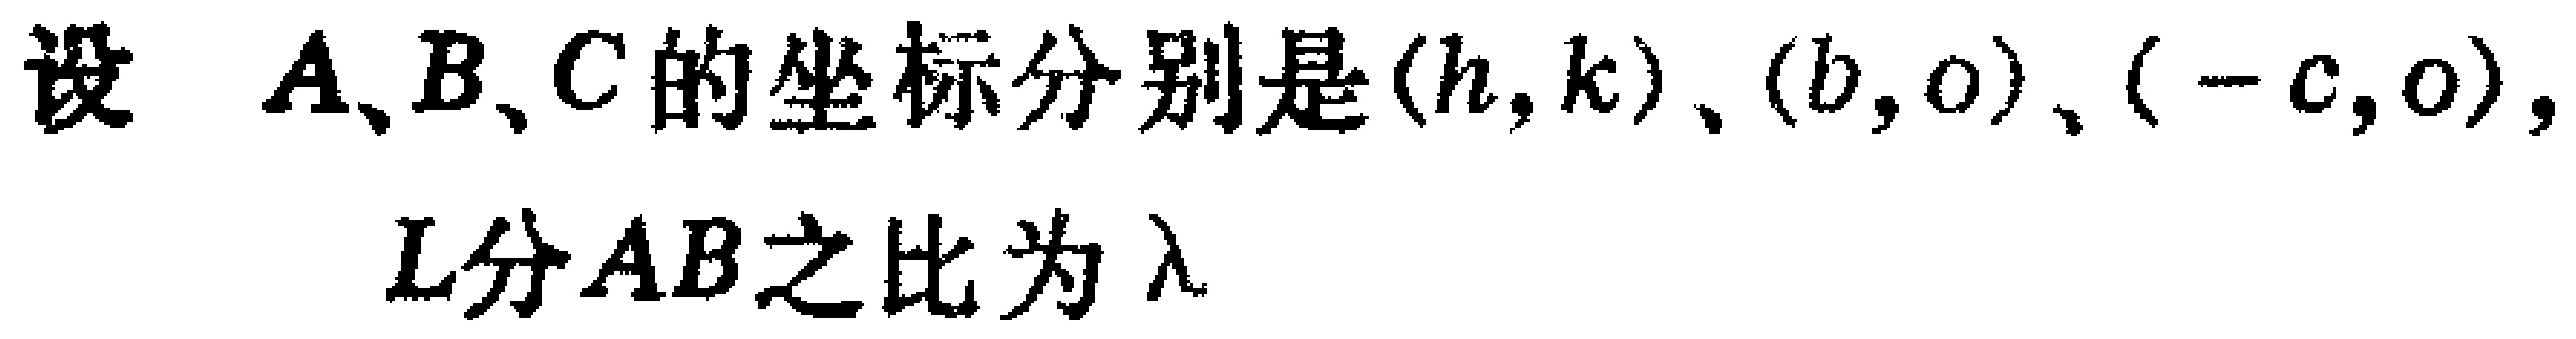
设 \(A、B、C\) 的坐标分别是\((h,k)\)、\((b,0)\)、\((-c,0)\)，

\(L\)分\(AB\)之比为\(\lambda\)